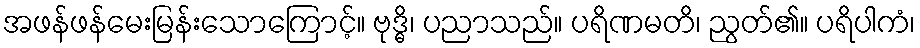
အဖန်ဖန်မေးမြန်းသောကြောင့်။ ဗုဒ္ဓိ၊ ပညာသည်။ ပရိဏမတိ၊ ညွတ်၏။ ပရိပါကံ၊